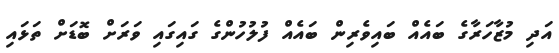
އަދި މުޒާހަރާގެ ބައެއް ބައިވެރިން ބައެއް ފުލުހުންގެ ގައިގައި ވަރަށް ބޮޑަށް ތަޅައި